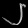
Digit: ၂